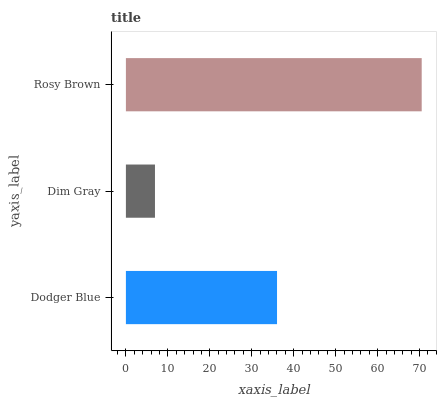
| yaxis_label | bars |
 | --- | --- |
 | Dodger Blue | 36 |
 | Dim Gray | 6.93 |
 | Rosy Brown | 70.5 |